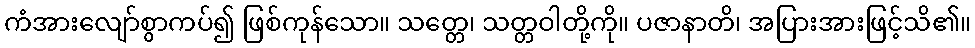
ကံအားလျော်စွာကပ်၍ ဖြစ်ကုန်သော။ သတ္တေ၊ သတ္တဝါတို့ကို။ ပဇာနာတိ၊ အပြားအားဖြင့်သိ၏။